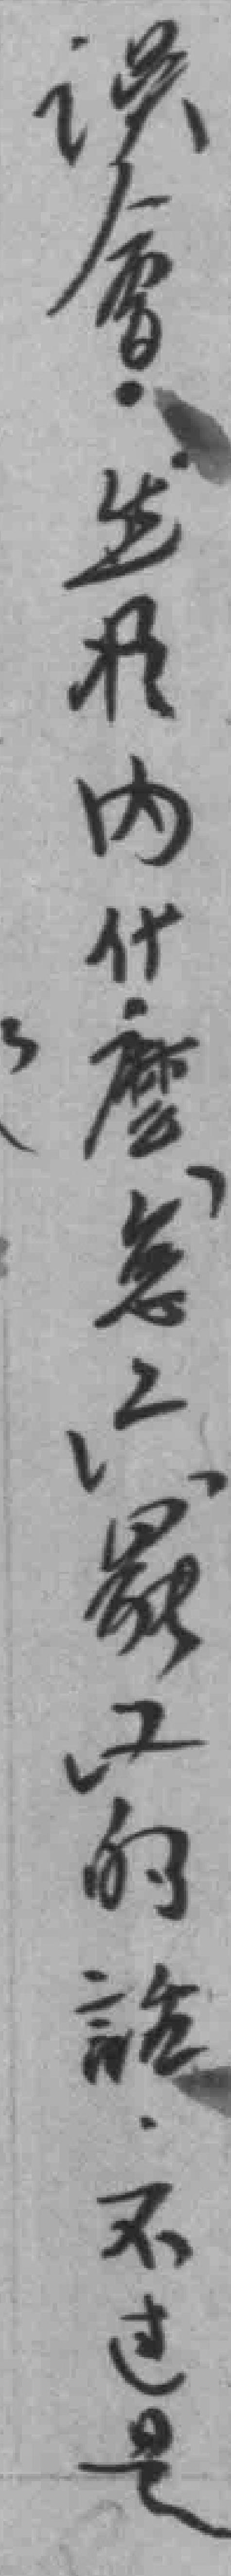
误會*扵内什麽怎*罷工的話不过是